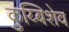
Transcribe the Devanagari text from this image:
कुय्बिशेव